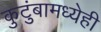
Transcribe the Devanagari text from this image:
कुटुंबामध्येही